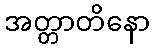
အတ္တာတိနော